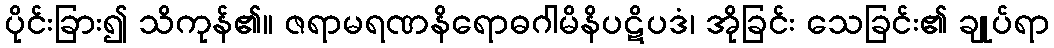
ပိုင်းခြား၍ သိကုန်၏။ ဇရာမရဏနိရောဓဂါမိနိပဋိပဒံ၊ အိုခြင်း သေခြင်း၏ ချုပ်ရာ